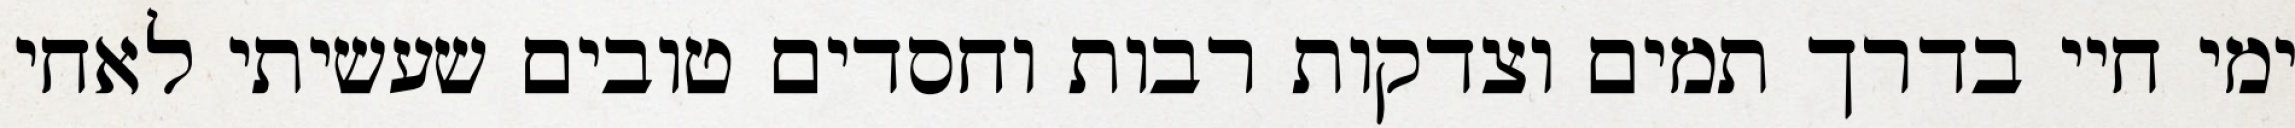
ימי חיי בדרך תמים וצדקות רבות וחסדים טובים שעשיתי לאחי